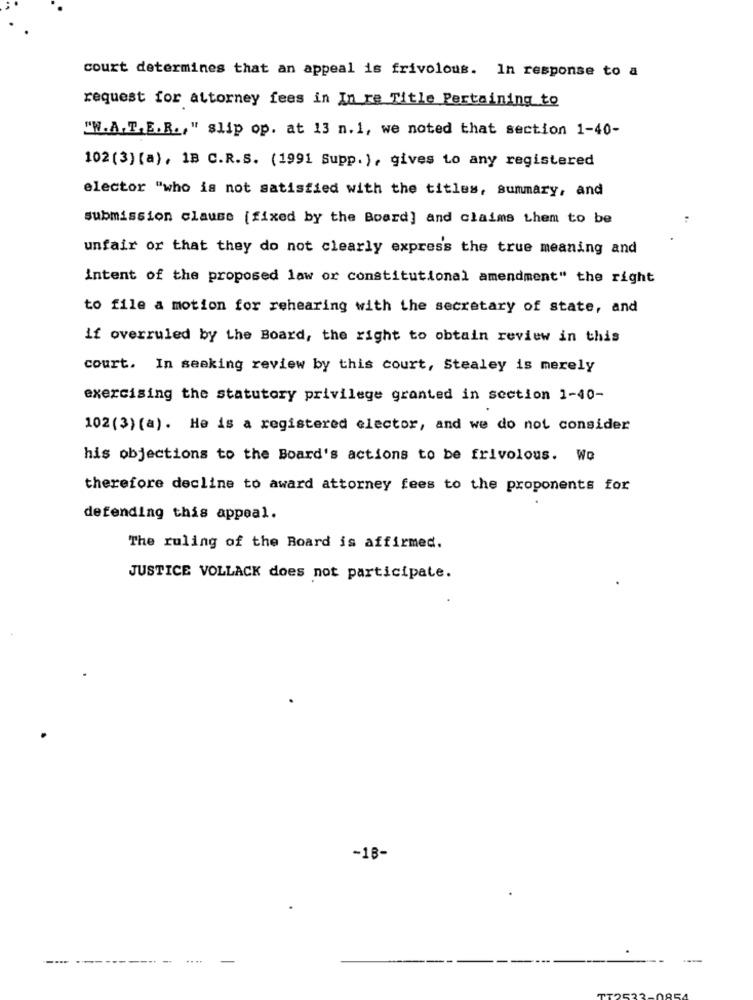
court determines that an appeal is frivolous. In response to a
request for attorney fees in In re Title Pertaining to
"W.A. T. E. R ., " slip op. at 13 n. 1, we noted that section 1-40-
102 (3) (a), 1B C.R.S. (1991 Supp.), gives to any registered
elector "who is not satisfied with the titles, summary, and
submission clause [fixed by the Board] and claims them to be
unfair or that they do not clearly express the true meaning and
intent of the proposed law or constitutional amendment" the right
to file a motion for rehearing with the secretary of state, and
if overruled by the Board, the right to obtain review in this
court. In seeking review by this court, Stealey is merely
exercising the statutory privilege granted in section 1-40-
102(3) (a). He is a registered elector, and we do not consider
his objections to the Board's actions to be frivolous. Wo
therefore decline to award attorney fees to the proponents for
defending this appeal.
The ruling of the Board is affirmed.
JUSTICE VOLLACK does not participate.
-18-
....